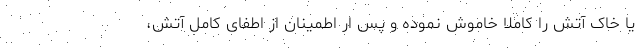
یا خاک آتش را کاملا خاموش نموده و پس ار اطمینان از اطفای کامل آتش،